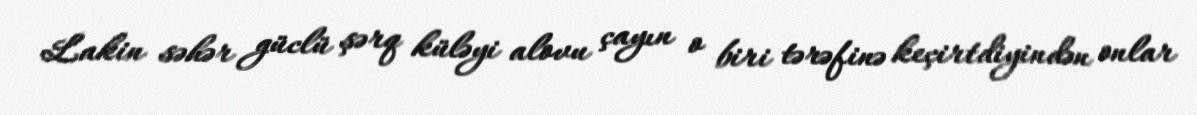
Lakin səhər güclü şərq küləyi alovu çayın o biri tərəfinə keçirtdiyindən onlar